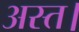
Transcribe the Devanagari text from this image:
अस्त।